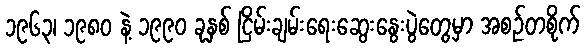
၁၉၆၃၊ ၁၉၈၀ နဲ့ ၁၉၉၀ ခုနှစ် ငြိမ်းချမ်းရေးဆွေးနွေးပွဲတွေမှာ အစဉ်တစိုက်